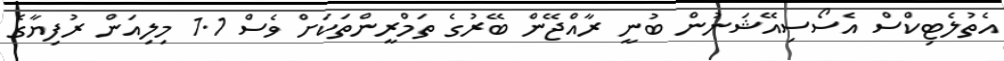
އެތުލެޓިކްސް އެސޯސިއޭޝަނުން ބުނީ ރާއްޖޭން ބޭރުގެ ތަމްރީންތަކަށް ވެސް 1.1 މިލިއަން ރުފިޔާގެ